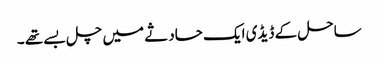
ساحل کے ڈیڈی ایک حادثے میں چل بسے تھے ۔